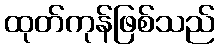
ထုတ်ကုန်ဖြစ်သည်